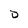
Character: D